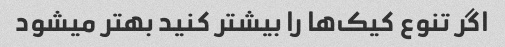
اگر تنوع کیک‌ها را بیشتر کنید بهتر میشود